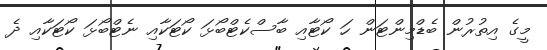
މީގެ އިތުރުން ބެޑްމިންޓަން ހަ ކޯޓާއި ބާސްކެޓްބޯޅަ ކޯޓަކާއި ނެޓްބޯޅަ ކޯޓަކާއި ދެ